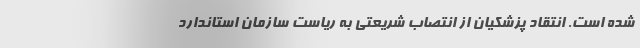
شده است. انتقاد پزشکیان از انتصاب شریعتی به ریاست سازمان استاندارد